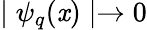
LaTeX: \mid\psi_{q}(\mathit{x})\mid\rightarrow0